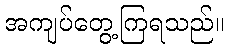
အကျပ်တွေ့ကြရသည်။